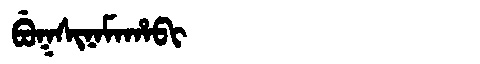
Manchu: ᠪᡠᡴᠰᡳᠨᠠᠮᠠᡥᠠᠪᡳ
Romanization: BUKSINAMAHABI